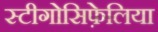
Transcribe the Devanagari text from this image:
स्टीगोसिफ़ेलिया